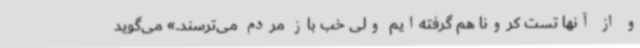
و از آنها تست کرونا هم گرفته‌ایم ولی خب باز مردم می‌ترسند.» می‌گوید